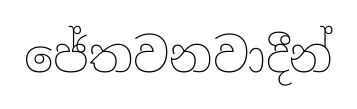
ජේතවනවාදීන්